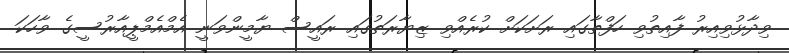
ވިދާޅުވިއިރު ފާއިތުވި ހަފްތާގައި ރަށަކަށް ކުރެއްވި ޒިޔާރަތުގައި ރައީސް ޔާމީންވަނީ އެމްއެމްޕީއާރުސީގެ ވާހަކަ